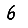
Digit: 6